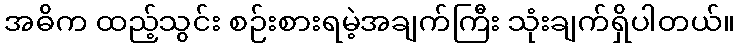
အဓိက ထည့်သွင်း စဉ်းစားရမဲ့အချက်ကြီး သုံးချက်ရှိပါတယ်။